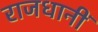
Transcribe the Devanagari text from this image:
राजधानीं